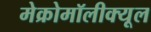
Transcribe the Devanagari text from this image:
मेक्रोमॉलीक्यूल